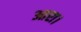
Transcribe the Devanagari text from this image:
आरा।